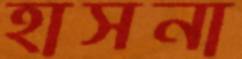
হাসনা